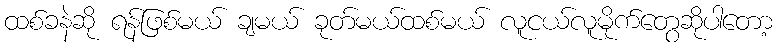
ထစ်ခနဲဆို ရန်ဖြစ်မယ် ချမယ် ခုတ်မယ်ထစ်မယ် လူငယ်လူမိုက်တွေဆိုပါတော့